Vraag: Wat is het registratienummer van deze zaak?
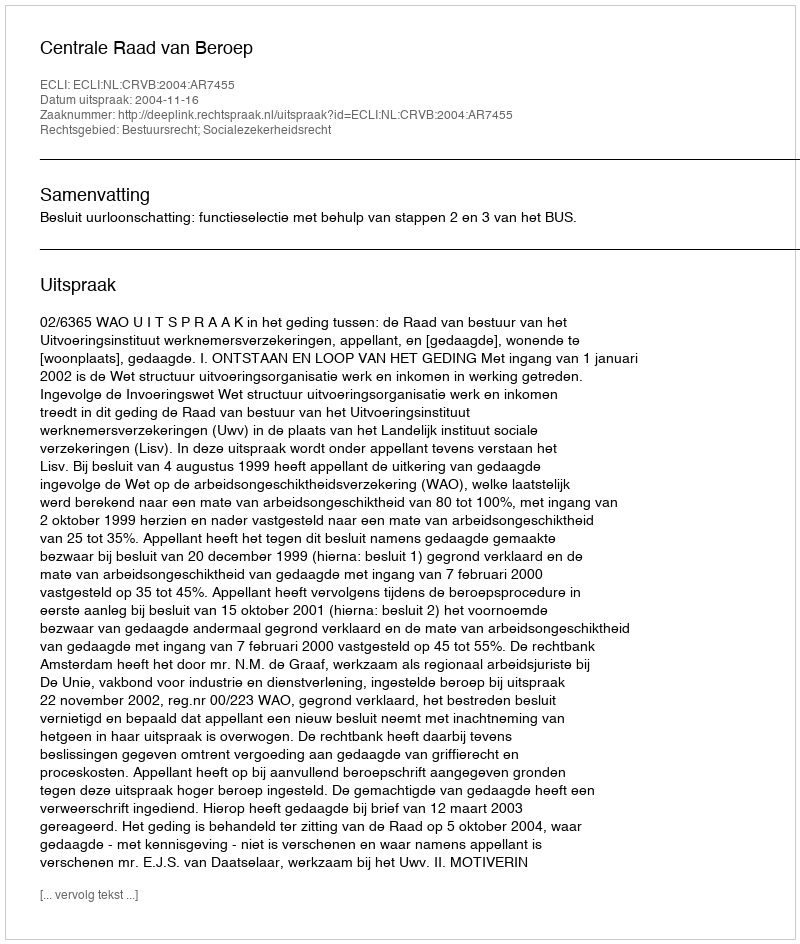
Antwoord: http://deeplink.rechtspraak.nl/uitspraak?id=ECLI:NL:CRVB:2004:AR7455